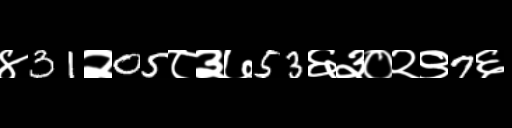
Text: ४31२05८३७53६३०२९7६